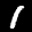
Label: 1